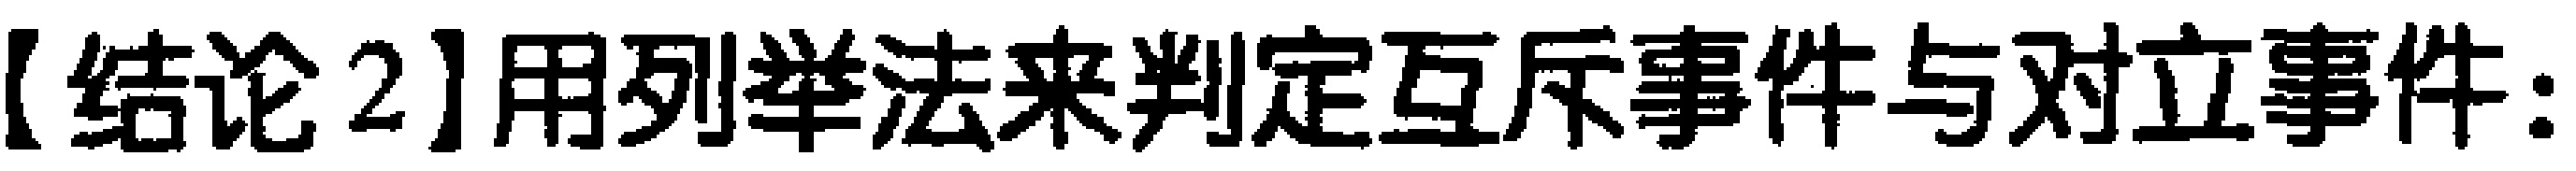
【结论2】用列举法来判定互斥事件与对立事件：